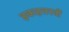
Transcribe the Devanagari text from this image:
इकहत्तरवीं